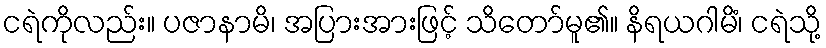
ငရဲကိုလည်း။ ပဇာနာမိ၊ အပြားအားဖြင့် သိတော်မူ၏။ နိရယဂါမိံ၊ ငရဲသို့